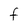
Character: F